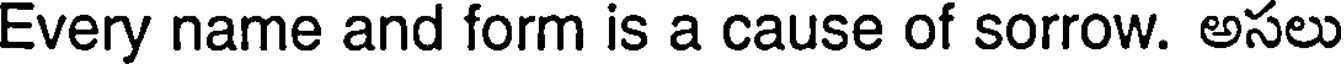
Every name and form is a cause of sorrow. అసలు